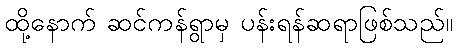
ထို့နောက် ဆင်ကန်ရွာမှ ပန်းရန်ဆရာဖြစ်သည်။